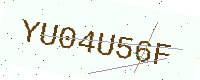
Text: YU04U56F